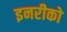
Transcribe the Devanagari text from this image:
इनरीको